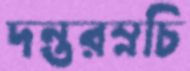
দন্তরম্নচি